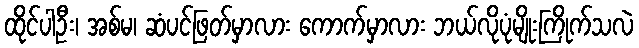
ထိုင်ပါဦး၊ အစ်မ၊ ဆံပင်ဖြတ်မှာလား ကောက်မှာလား ဘယ်လိုပုံမျိုးကြိုက်သလဲ